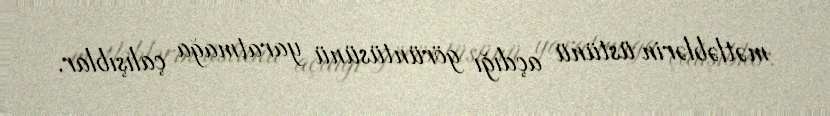
mətləblərin üstünü açdığı görüntüsünü yaratmağa çalışıblar.